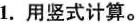
1.用竖式计算。